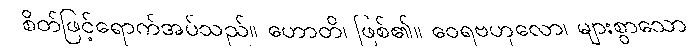
စိတ်ဖြင့်ရောက်အပ်သည်။ ဟောတိ၊ ဖြစ်၏။ ဝေရဗဟုလော၊ များစွာသော